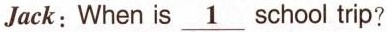
_Jack:When is _1school rip?